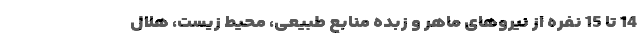
14 تا 15 نفره از نیروهای ماهر و زبده منابع طبیعی، محیط زیست، هلال